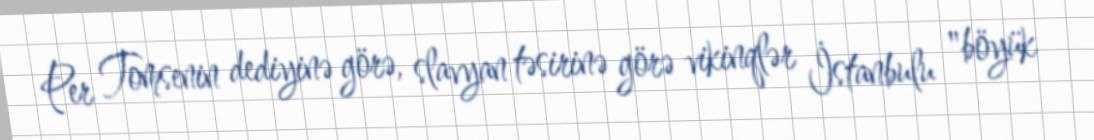
Per Tomsenin dediyinə görə, slavyan təsirinə görə vikinqlər İstanbulu "böyük